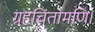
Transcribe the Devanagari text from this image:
ग्रहचिंतामणि।